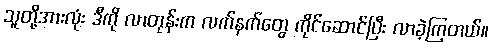
သူတို့အားလုံး ဒီကို လာတုန်းက လက်နက်တွေ ကိုင်ဆောင်ပြီး လာခဲ့ကြတယ်။